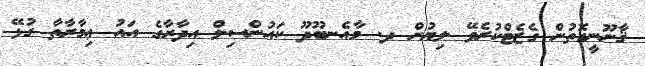
ޤާނޫނީގޮތުން ގެޒެޓްކުރެވޭ ލިޔުން ދ. މާއެނބޫދޫ ކައުންސިލް އިދާރާގެ އައު ޢިމާރާތާ ގުޅޭ